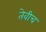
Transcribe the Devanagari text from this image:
तेवीच